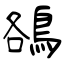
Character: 鵅